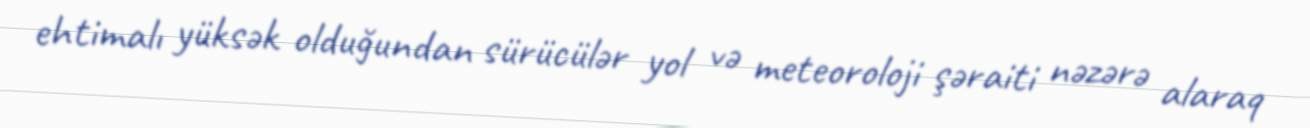
ehtimalı yüksək olduğundan sürücülər yol və meteoroloji şəraiti nəzərə alaraq